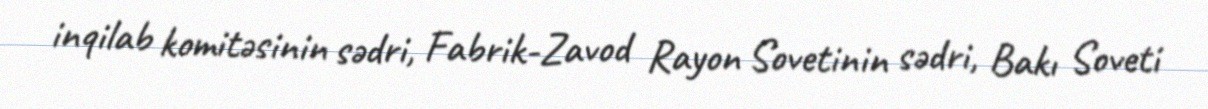
inqilab komitəsinin sədri, Fabrik-Zavod Rayon Sovetinin sədri, Bakı Soveti